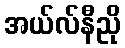
အယ်လ်နီညို